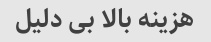
هزینه بالا بی دلیل